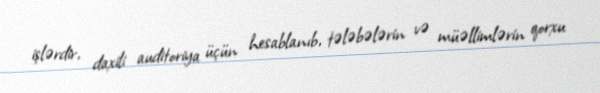
işlərdir, daxili auditoriya üçün hesablanıb, tələbələrin və müəllimlərin qorxu